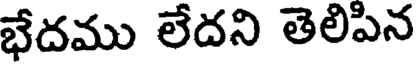
భేదము లేదని తెలిపిన